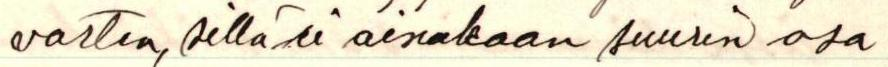
varten, sillä ei ainakaan suurin osa